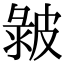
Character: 𤿴